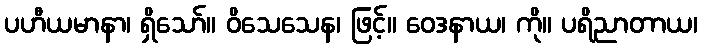
ပဟီယမာနာ၊ ရှိသော်။ ဝိသေသေန၊ ဖြင့်။ ဝေဒနာယ၊ ကို။ ပရိညာတာယ၊